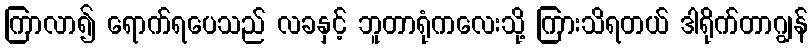
ကြာလာ၍ ရောက်ရပေသည် လခနှင့် ဘူတာရုံကလေးသို့ ကြားသိရတယ် ဒါရိုက်တာဂျွန်